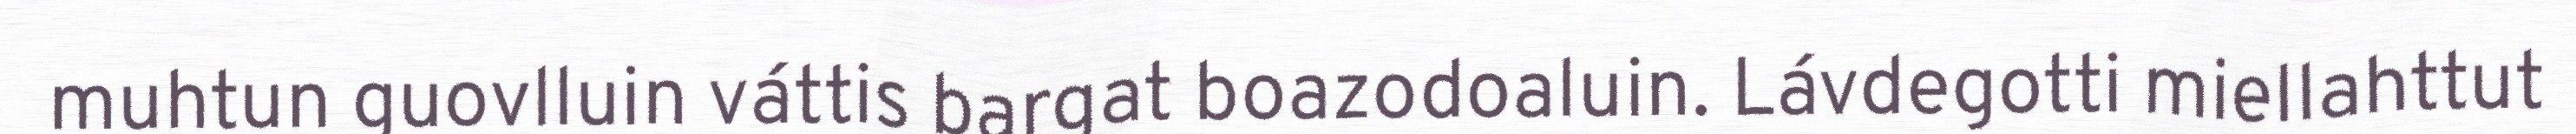
muhtun guovlluin váttis bargat boazodoaluin. Lávdegotti miellahttut